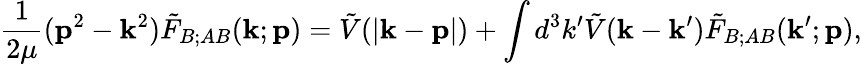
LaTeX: \frac{1}{2\mu}({\mathbf p}^{2}-{\mathbf k}^{2})\tilde{F}_{B;AB}({\mathbf k};{\mathbf p})=\tilde{V}(|{\mathbf k}-{\mathbf p}|)+\int d^{3}k^{\prime}\tilde{V}({\mathbf k}-{\mathbf k}^{\prime})\tilde{F}_{B;AB}({\mathbf k}^{\prime};{\mathbf p}),